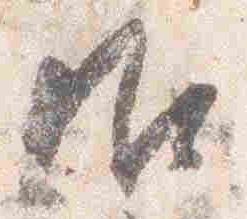
御